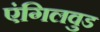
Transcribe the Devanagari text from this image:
एंगिलवुड